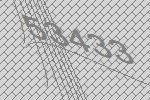
53433